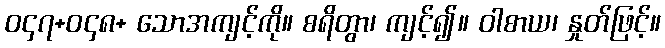
ဝ၄၇+ဝ၄၈+ သောအကျင့်ကို။ စရိတွာ၊ ကျင့်၍။ ဝါစာယ၊ နှုတ်ဖြင့်။